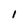
Character: 1